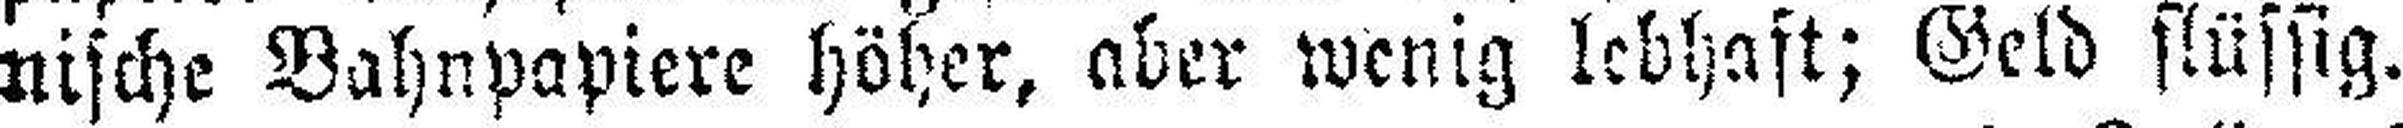
nische Bahnpapiere höher, aber wenig lebhaft; Geld flüssig.